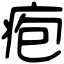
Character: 疱